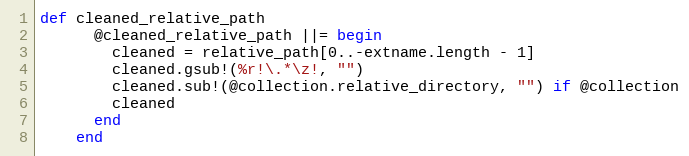
Language: Ruby
def cleaned_relative_path
      @cleaned_relative_path ||= begin
        cleaned = relative_path[0..-extname.length - 1]
        cleaned.gsub!(%r!\.*\z!, "")
        cleaned.sub!(@collection.relative_directory, "") if @collection
        cleaned
      end
    end